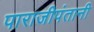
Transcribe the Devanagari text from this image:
पाराजीपंतानी